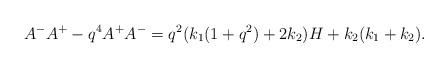
LaTeX: \begin{align*}A^-A^+-q^4A^+A^-=q^2(k_1(1+q^2)+2k_2 )H+k_2(k_1+k_2).\end{align*}